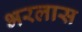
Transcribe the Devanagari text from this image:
भरलास